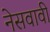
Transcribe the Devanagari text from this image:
नेसवावी